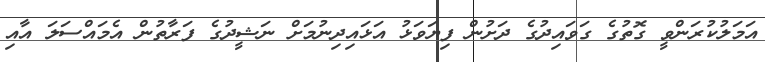
އަމަލުކުރަންވީ ގޮތުގެ ގަވައިދުގެ ދަށުން ފިޔަވަޅު އަޅައިދިނުމަށް ނަޝީދުގެ ފަރާތުން އެމައްސަލަ އާއި